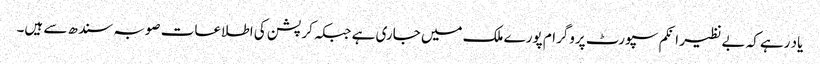
یاد رہے کہ بے نظیر انکم سپورٹ پروگرام پورے ملک میں جاری ہے جبکہ کرپشن کی اطلاعات صوبہ سندھ سے ہیں۔